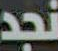
نجد